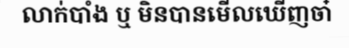
លាក់បាំង ឬ មិនបានមើលឃើញចា៎